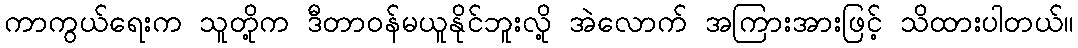
ကာကွယ်ရေးက သူတို့က ဒီတာဝန်မယူနိုင်ဘူးလို့ အဲလောက် အကြားအားဖြင့် သိထားပါတယ်။